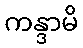
ကန္ဒာမိ